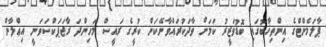
ޕާލަމެންޓްގެ އިންތިޚާބުގައި ބޮޑުވަޒީރު ކަމަށް ވާދަކުރައްވާނޭކަން ކުރީގެ ރައީސް މަހިންދަ ރާޖަޕަކްސަވަނީ އިޢްލާން